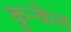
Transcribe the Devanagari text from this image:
कुन्केल